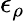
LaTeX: \epsilon_{\rho}